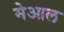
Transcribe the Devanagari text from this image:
मेआल